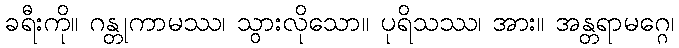
ခရီးကို။ ဂန္တုကာမဿ၊ သွားလိုသော။ ပုရိသဿ၊ အား။ အန္တရာမဂ္ဂေ၊